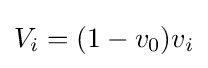
V_{i}=(1-v_{0})v_{i}